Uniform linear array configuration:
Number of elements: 4
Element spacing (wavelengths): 1
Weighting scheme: binomial
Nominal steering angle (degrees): -45
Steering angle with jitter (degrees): -43.481
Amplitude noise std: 0.05
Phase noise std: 0.05

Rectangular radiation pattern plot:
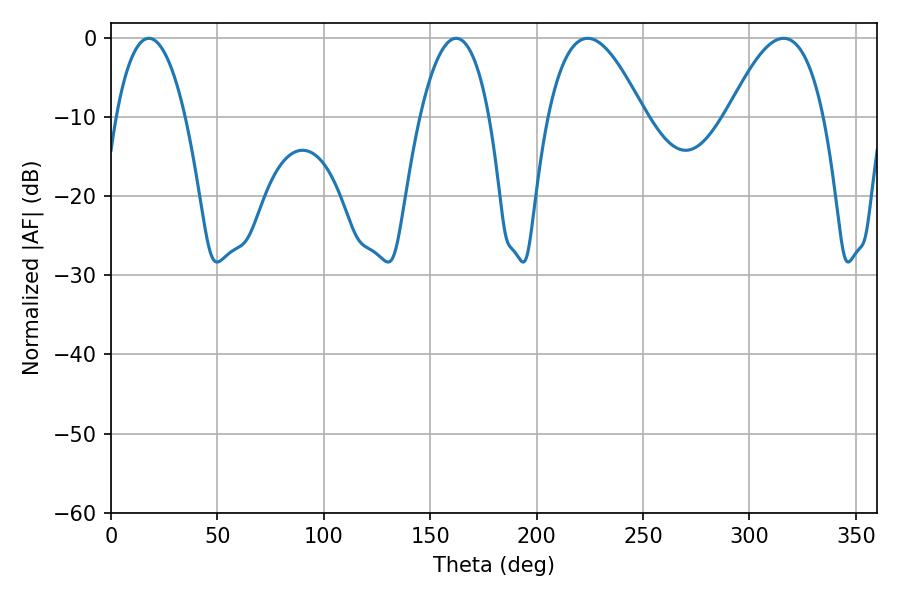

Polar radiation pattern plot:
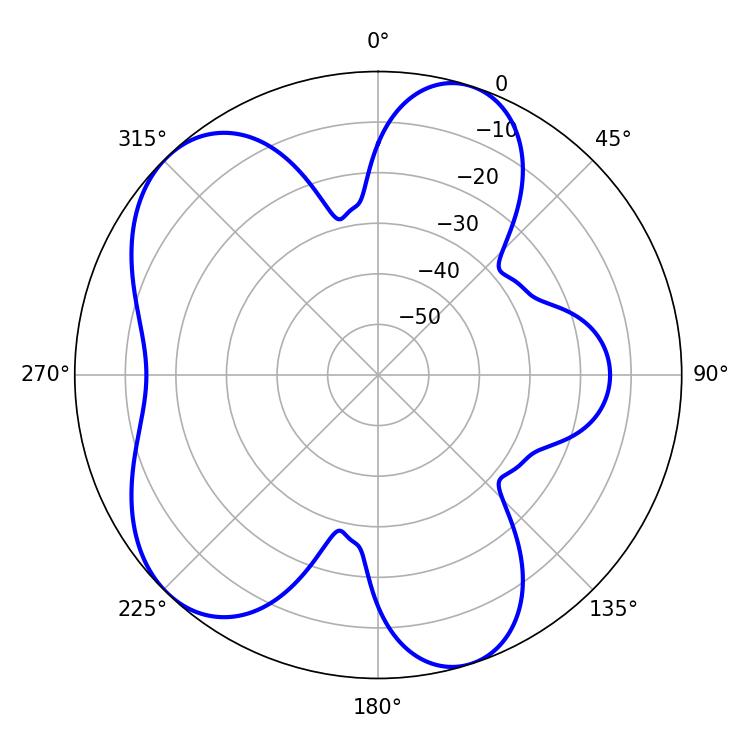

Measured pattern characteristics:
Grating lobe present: TRUE
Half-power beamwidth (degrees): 18.18
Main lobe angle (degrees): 17.82